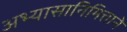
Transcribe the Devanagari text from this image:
अभ्यासानिमित्ताने